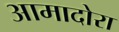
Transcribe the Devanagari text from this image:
आमादोरा